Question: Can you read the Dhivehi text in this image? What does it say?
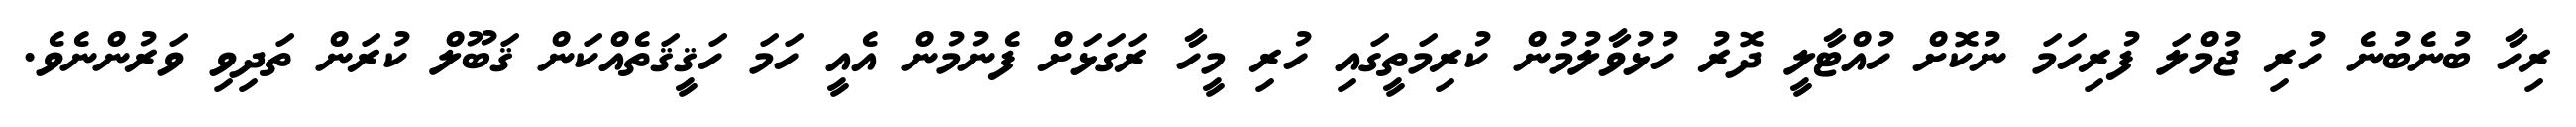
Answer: ރިހާ ބުނެބުނެ ހުރި ޖުމްލަ ފުރިހަމަ ނުކޮށް ހުއްޓާލީ ދޮރު ހުޅުވާލުމުން ކުރިމަތީގައި ހުރި މީހާ ރަގަޅަށް ފެނުމުން އެއީ ހަމަ ހަޤީޤަތެއްކަން ޤަބޫލް ކުރަން ތަދިވި ވަރުންނެވެ.